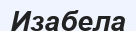
Изабела